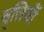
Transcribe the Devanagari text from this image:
वृत्तियॉँ